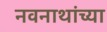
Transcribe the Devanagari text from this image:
नवनाथांच्या